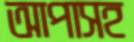
আপাসহ